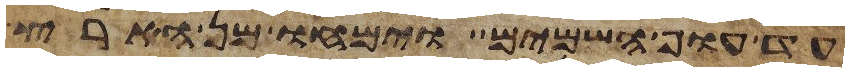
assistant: עד עוף השמים וימחו מן הארץ